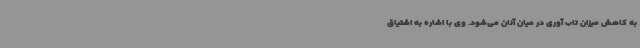
به کاهش میزان تاب آوری در میان آنان می‌شود. وی با اشاره به اشتیاق